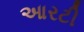
આરટી